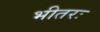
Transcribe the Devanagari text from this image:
भीतरः